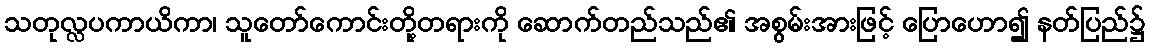
သတုလ္လပကာယိကာ၊ သူတော်ကောင်းတို့တရားကို ဆောက်တည်သည်၏ အစွမ်းအားဖြင့် ပြောဟော၍ နတ်ပြည်၌